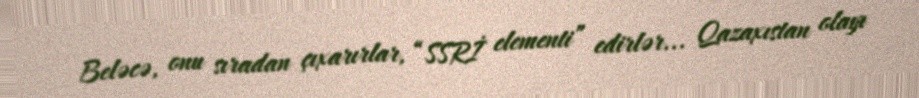
Beləcə, onu sıradan çıxarırlar, “SSRİ elementi” edirlər... Qazaxıstan olayı